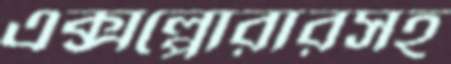
এক্সপ্লোরারসহ